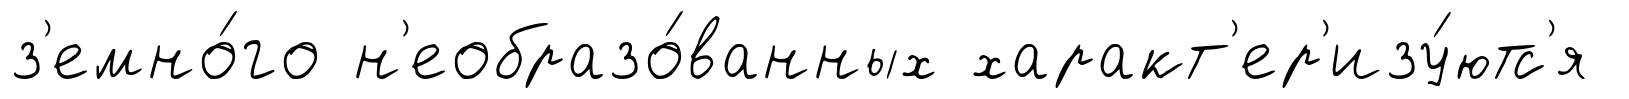
з'емно́го н'еобразо́ванных характ'ер'изу́ютс'я